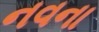
નવના